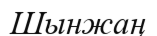
Шынжаң